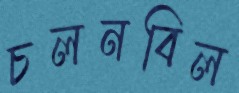
চলনবিল